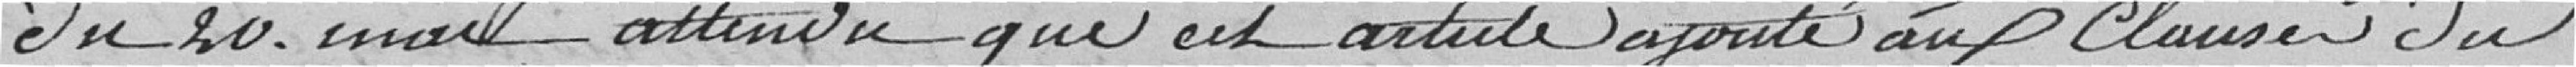
du 20 mai attendu que cet article ajouté au clauses du marché